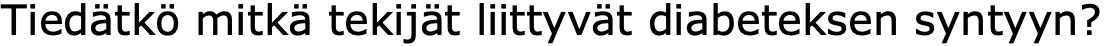
Tiedätkö mitkä tekijät liittyvät diabeteksen syntyyn?